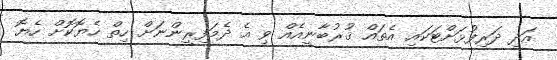
އަދި ދަރިފުޅަށްޓަކައި އެތައް ޤުރުބާނީއެއް ވި އެ ދެމަފިރީންނަށް ހިތް ހެޔޮކޮށް ހެޔޮ